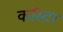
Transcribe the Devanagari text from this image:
कॉस्टर